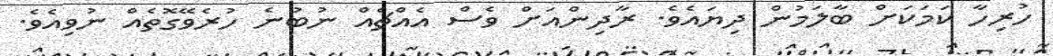
ހުރިހާ ކަމަކަށް ބާލަމުން ދިޔައެވެ. ރާދިންއަށް ވެސް އެއްޗެއް ނުބުނެ ހުރެވޭގޮތެއް ނުވިއެވެ.